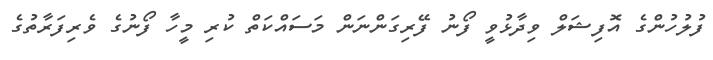
ފުލުހުންގެ އޮފިޝަލް ވިދާޅުވީ ފޯނު ފޭރިގަންނަން މަސައްކަތް ކުރި މީހާ ފޯނުގެ ވެރިފަރާތުގެ